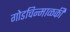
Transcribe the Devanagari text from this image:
गोडचिन्माळकी